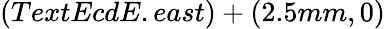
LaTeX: (TextEcdE.east)+(2.5mm,0)